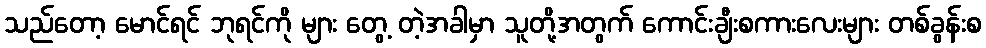
သည်တော့ မောင်ရင် ဘုရင်ကို များ တွေ့ တဲ့အခါမှာ သူတို့အတွက် ကောင်းချီးစကားလေးများ တစ်ခွန်းစ